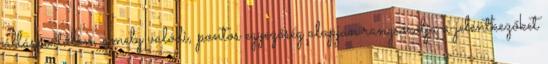
állásportálon, amely valódi, pontos egyezőség alapján rangsorolja a jelentkezőket